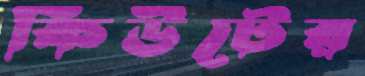
কিউটের